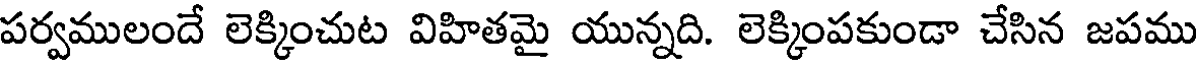
పర్వములందే లెక్కించుట విహితమై యున్నది. లెక్కింపకుండా చేసిన జపము